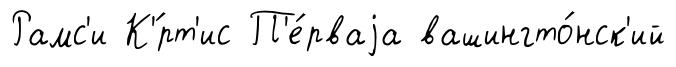
Рамс'и К'́рт'ис П'е́рваjа вашингто́нск'ий